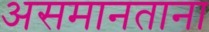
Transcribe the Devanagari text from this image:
असमानताना